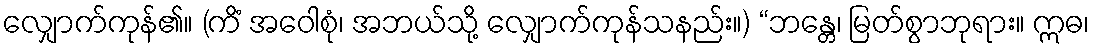
လျှောက်ကုန်၏။ (ကိံ အဝေါစုံ၊ အဘယ်သို့ လျှောက်ကုန်သနည်း။) “ဘန္တေ၊ မြတ်စွာဘုရား။ ဣဓ၊